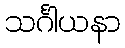
သင်္ဂါယနာ